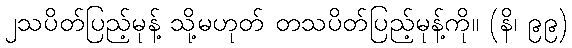
၂သပိတ်ပြည့်မုန့် သို့မဟုတ် တသပိတ်ပြည့်မုန့်ကို။ (နိ၊ ၉၉)